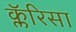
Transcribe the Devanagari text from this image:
क्लॅरिसा